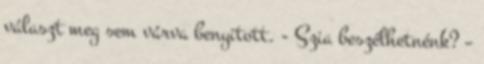
választ meg sem várva benyitott. - Szia beszélhetnénk? –